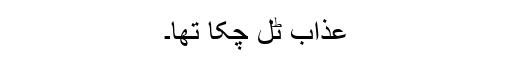
عذاب ٹل چکا تھا۔